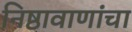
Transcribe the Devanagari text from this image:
निष्ठावाणांचा